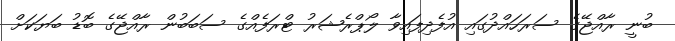
ބުނީ ރާއްޖޭގެ ސަރަހައްދުގައި އުފެދިފައިވާ ލޯޕްރެޝަރު ޓްރަފެއްގެ ސަބަބުން ރާއްޖޭގެ ބޮޑު ބަޔަކަށް